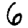
Digit: 6